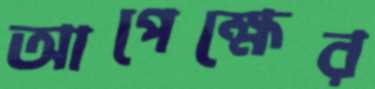
আপেক্ষের